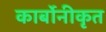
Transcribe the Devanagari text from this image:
कार्बोनीकृत